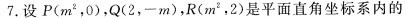
7.设P(m^{2}，0)，Q(2，-m)，R(m^{2}，2)是平面直角坐标系内的